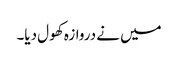
میں نے دروازہ کھول دیا۔